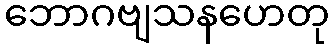
ဘောဂဗျသနဟေတု